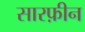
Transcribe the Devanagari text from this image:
सारफ़ीन